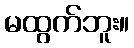
မထွက်ဘူး။